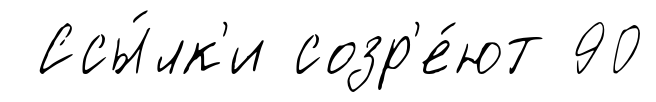
Ссы́лк'и созр'е́ют 90